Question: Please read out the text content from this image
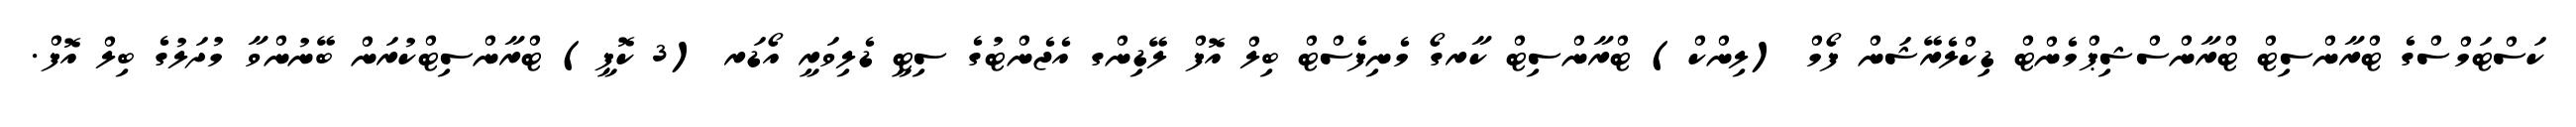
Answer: ކަސްޓަމްސްގެ ޓްރާންސިޓް ޓްރާންސްޝިޕްމެންޓް ޑިކްލެރޭޝަން ފޯމް (ލިންކް) ޓްރާންސިޓް ކާރގޯ މެނިފެސްޓް ބިލް އޮފް ލޭޑިންގ އެޖެންޓުގެ ސިޓީ ޑެލިވަރީ އޯޑަރ (3 ކޮޕީ) ޓްރާންސިޓްކުރަން ބޭނުންވާ މުދަލުގެ ބިލް އޮފް.